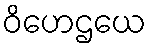
ဝိဟေဌယေ